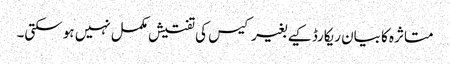
متاثرہ کا بیان ریکارڈ کیے بغیر کیس کی تفتیش مکمل نہیں ہو سکتی۔